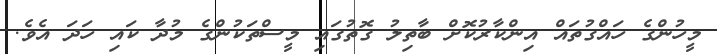
މީހުންގެ ހައްގުތައް އިންކާރުކޮށް ބާތިލު ގޮތުގައި މީސްތަކުންގެ މުދާ ކައި ހަދަ އެވެ.